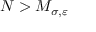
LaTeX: N > M _ { \sigma , \varepsilon }